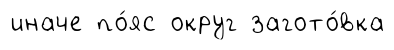
иначе по́яс округ загото́вка